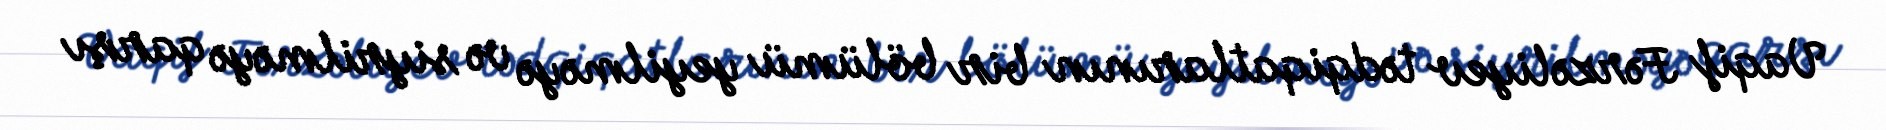
Vaqif Fərzəliyev tədqiqatlarının bir bölümü yeyilməyə və siyrilməyə qarşı